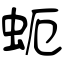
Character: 蚅